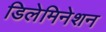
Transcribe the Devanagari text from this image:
डिलेमिनेशन